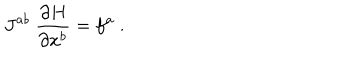
J ^ { a b } \ \frac { \partial H } { \partial x ^ { b } } = f ^ { a } \ .